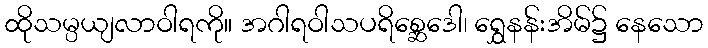
ထိုသမ္ပယျလာဝါရကို။ အဂါရဝါသပရိစ္ဆေဒေါ၊ ရွှေနန်းအိမ်၌ နေသော